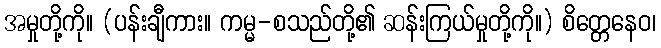
အမှုတို့ကို။ (ပန်းချီကား။ ကမ္မ-စသည်တို့၏ ဆန်းကြယ်မှုတို့ကို။) စိတ္တေနေဝ၊